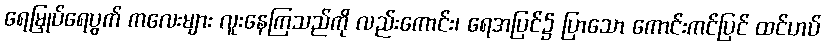
ရေမြှုပ်ရေပွက် ကလေးများ လူးနေကြသည်ကို လည်းကောင်း၊ ရေအပြင်၌ ပြာသော ကောင်းကင်ပြင် ထင်ဟပ်